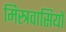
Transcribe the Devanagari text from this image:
मिस्त्रवासियों